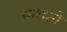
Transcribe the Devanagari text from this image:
फसतो